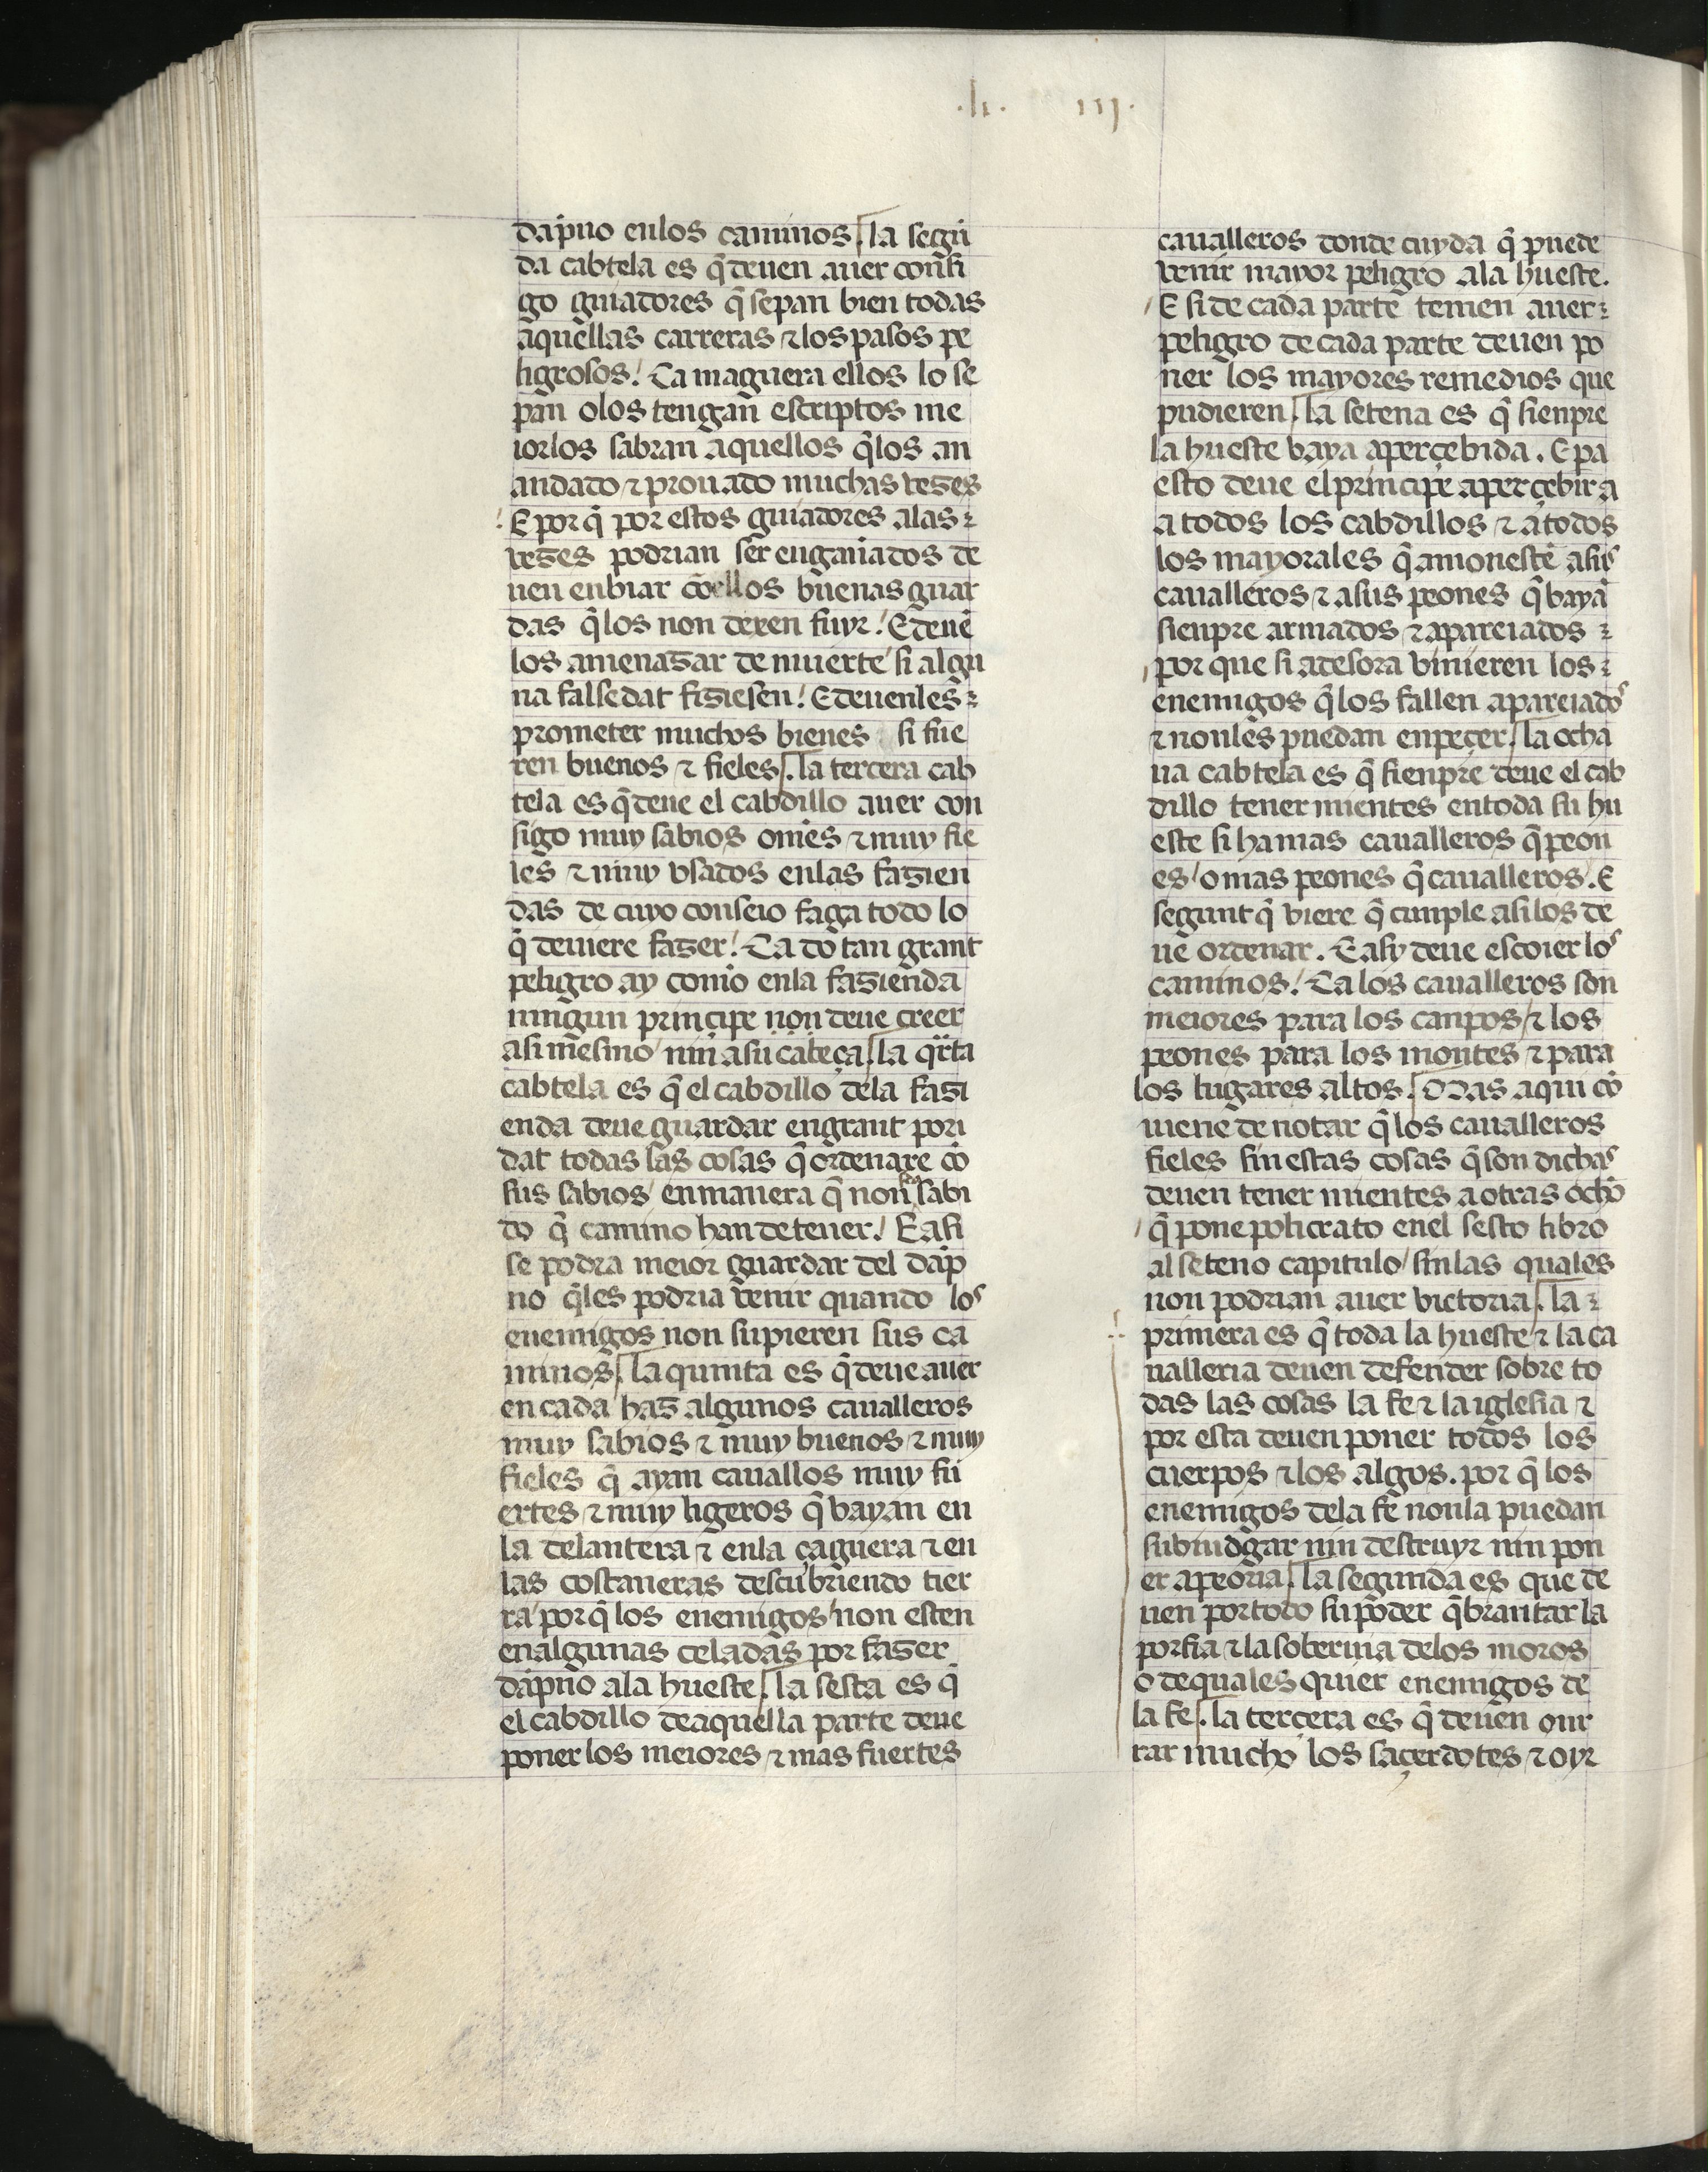
Shelfmark: Madrid, Fundación Lázaro Galdiano, mss 289
Century: 15